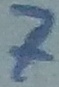
Text: 7